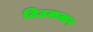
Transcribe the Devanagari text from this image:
ठिठककर